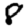
Digit: 8